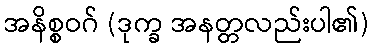
အနိစ္စဝဂ် (ဒုက္ခ အနတ္တလည်းပါ၏)